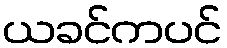
ယခင်ကပင်